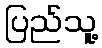
ပြည်သူ့